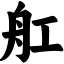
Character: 舡